Indian journal of veterinary science and animal husbandry - Volumes 24-25, 1954-1955
Year: 1954
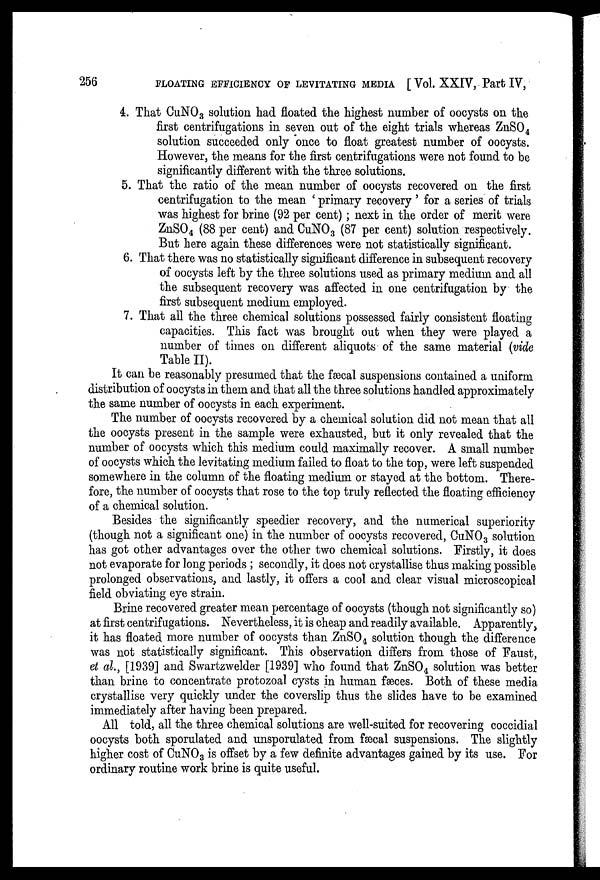
256
FLOATING EFFICIENCY OF LEVITATING MEDIA [ Vol. XXIV, Part IV,
4. That CuNO 3 solution had floated the highest number of oocysts on the
first centrifugations in seven out of the eight trials whereas ZnSO 4
solution succeeded only once to float greatest number of oocysts.
However, the means for the first centrifugations were not found to be
significantly different with the three solutions.
5. That the ratio of the mean number of oocysts recovered on the first
centrifugation to the mean ' primary recovery ' for a series of trials
was highest for brine (92 per cent) ; next in the order of merit were
ZnSO 4 (88 per cent) and CuNO 3 (87 per cent) solution respectively.
But here again these differences were not statistically significant.
6. That there was no statistically significant difference in subsequent recovery
of oocysts left by the three solutions used as primary medium and all
the subsequent recovery was affected in one centrifugation by the
first subsequent medium employed.
7. That all the three chemical solutions possessed fairly consistent floating
capacities. This fact was brought out when they were played a
number of times on different aliquots of the same material (vide
Table II).
It can be reasonably presumed that the fæcal suspensions contained a uniform
distribution of oocysts in them and that all the three solutions handled approximately
the same number of oocysts in each experiment.
The number of oocysts recovered by a chemical solution did not mean that all
the oocysts present in the sample were exhausted, but it only revealed that the
number of oocysts which this medium could maximally recover. A small number
of oocysts which the levitating medium failed to float to the top, were left suspended
somewhere in the column of the floating medium or stayed at the bottom. There-
fore, the number of oocysts that rose to the top truly reflected the floating efficiency
of a chemical solution.
Besides the significantly speedier recovery, and the numerical superiority
(though not a significant one) in the number of oocysts recovered, CuNO 3 solution
has got other advantages over the other two chemical solutions. Firstly, it does
not evaporate for long periods ; secondly, it does not crystallise thus making possible
prolonged observations, and lastly, it offers a cool and clear visual microscopical
field obviating eye strain.
Brine recovered greater mean percentage of oocysts (though not significantly so)
at first centrifugations. Nevertheless, it is cheap and readily available. Apparently,
it has floated more number of oocysts than ZnSO 4 solution though the difference
was not statistically significant. This observation differs from those of Faust,
et al., [1939] and Swartzwelder [1939] who found that ZnSO 4 solution was better
than brine to concentrate protozoal cysts in human fæces. Both of these media
crystallise very quickly under the coverslip thus the slides have to be examined
immediately after having been prepared.
All told, all the three chemical solutions are well-suited for recovering coccidial
oocysts both sporulated and unsporulated from fæcal suspensions. The slightly
higher cost of CuNO 3 is offset by a few definite advantages gained by its use. For
ordinary routine work brine is quite useful.